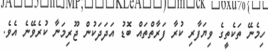
ހިމެނޭ ތަކެތީގެ ވިޔަފާރި ކުރާ ފަރާތްތައް ބޮޑު އަދަދަކުން ޖޫރިމަނާ ކުރެވޭނެ އެވެ.